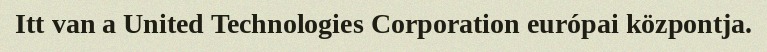
Itt van a United Technologies Corporation európai központja.